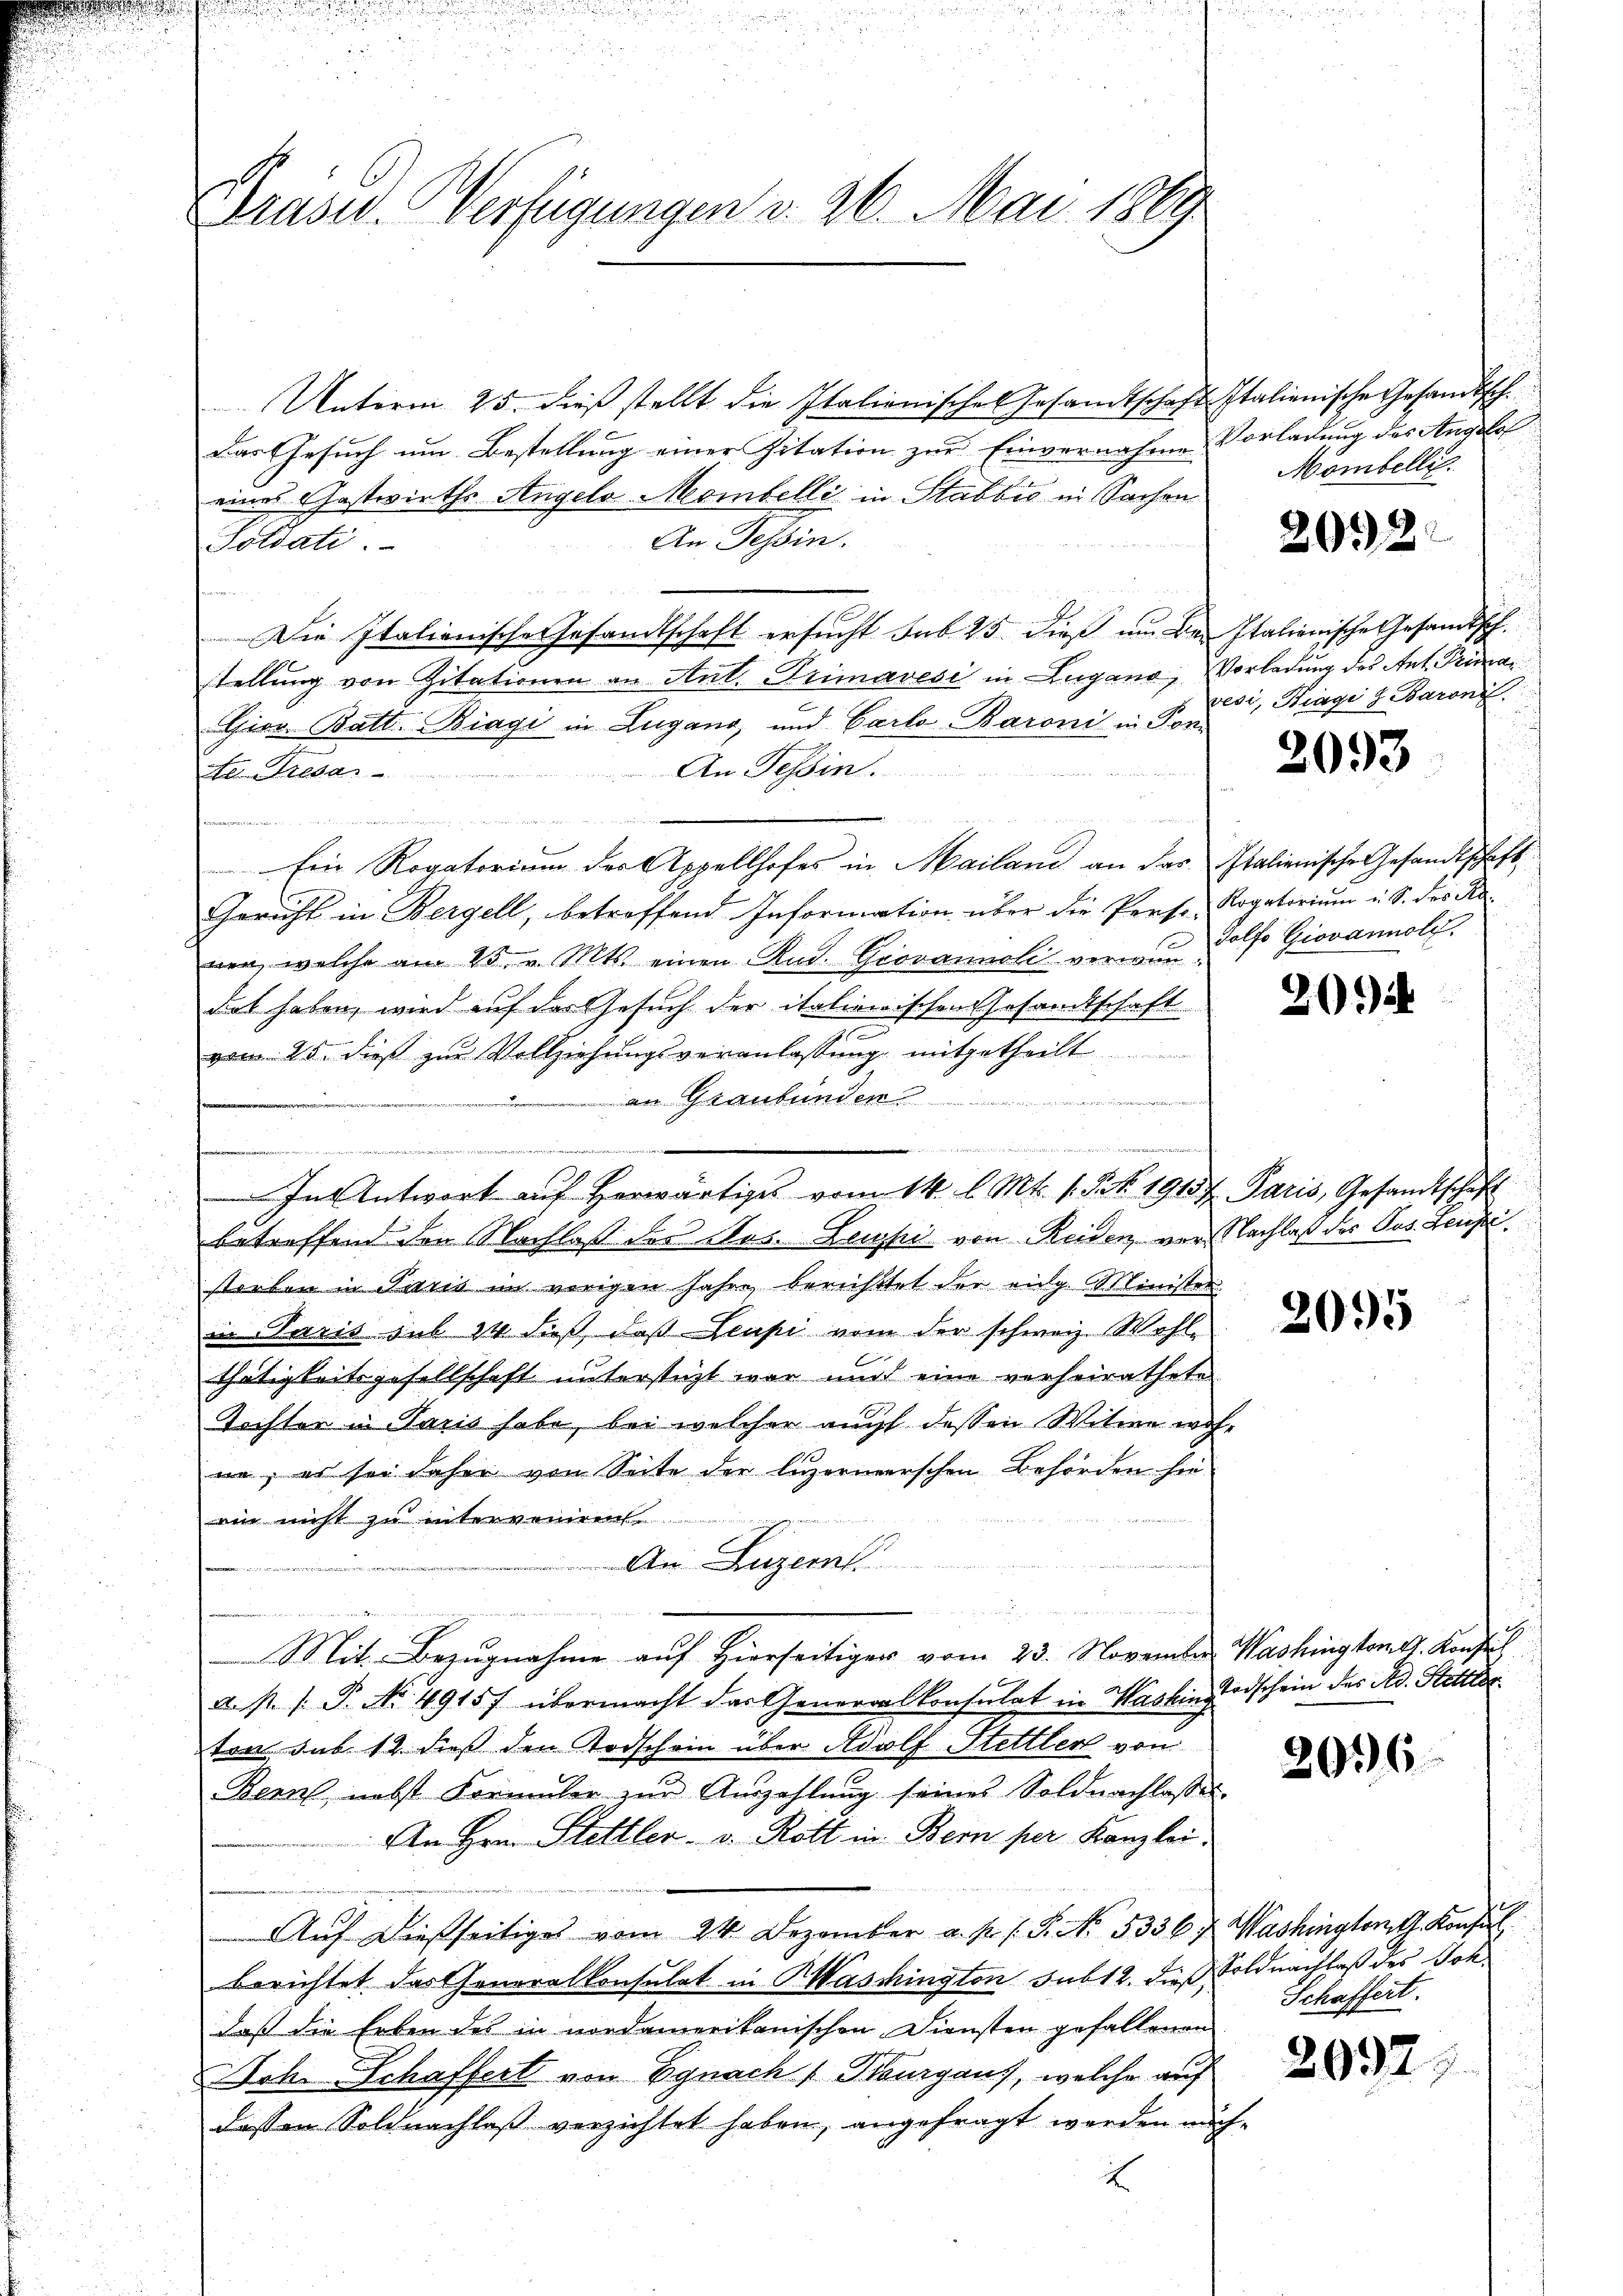
Präsid. Verfügungen v. 26. Mai 1889

Unterm 25. dieβ stellt die Italienisches Gesandtschaft Italienische Gesandtsch.
Das Gesuch um Bestellung einer Zitation zur Einvernahme Vorladung des Angelof
eines Gastwirths Angelo Mombelli in Stabbić in Sachen
An Tessin.
Totdati.
Die Italienische Gesandtschaft ersucht sub 25. dieß um der Italienische Gesandtsch.
stellung von Zitationen an Ant. Primavesi in Lugano, Vorladung des Ant. Primar
Eier. Batt. Biagi in Lugang, und Carlo-Baroni in Pon
An Tessin.

Ad. Kresar
Ein Rogatorium der Appellhofes in Mailand an das Italienische Gesandtschaft
Gericht in Bergell, betreffend Information über die Perso Rogatorium u. S. des Ranen, welche am 25. v. Mts. einen Rud. Giovanneli ver- alfo Giovannolz,
dot haben, wird auf der Gesuch der italienischen Gesandtschaft
vom 25. dieß zur Vollziehungsveranlassung, mitgetheilt
an Graubünden
ainung eine Seiten de
ingen,
di
In Antwort auf herwärtige vom 14. l. Mts. s. S. Nr. 191 f. Paris, Gesandtschaft
betreffend den Nachlaß der Nus. Leuzki von Reiden, vor Nachlaß des Jos. Leiste
storben in Paris im vorigen Jahre berichttet der eidg. Minister
in Paris sub 14 dieß, daß Leupi vom der schweiz. Wohlthätigkeitsgesellschaft unterstützt war und eine verheirathete
Tochter in Paris habe, bei welcher auch dessen Witwe wohne; er sei daher von Seite der luzernerschen Behörden hie
rin nicht zu interveniren
An Luzern
.
c
Mit Bezugnahme auf Hierseitiger vom 23. November Washingtong. Konzes
a. p. 1. P. No. 4915f übermacht das Generalkonsulat in Washin Todschein des Ad. Stettler
ten sub. 18. dieß den Todschein über Adolf Stettler von
Bern, nebst Formaler zur Auszahlung seines Soldnachlasse.
An Hrn. Stettler v. Rott in Bern per Kanzlei
Auf dießseitiges vom 24. Dezember a. p. s. S. No. 5336 f. Washingtont. Konsul
berichtet das Generalkonsulat in Waschington sub 12. dieß, Soldnachlaß des Joh
daß die Erben des in nordamerikanischen Diensten gefallenen
oh. Schaffert von Egnach Paurgaus, welche auf
dessen Soldnachlaβ verzichtet haben, angefragt werden näch-
2

Momibelli

2052

vesi, Piagi d Baron

2093

20.

2095

2096

Schaffert.

2097